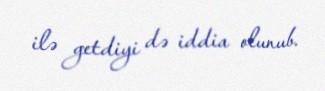
ilə getdiyi də iddia olunub.